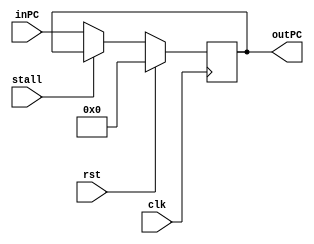
module PC(input clk, rst, stall,
          input [15:0]inPC,
          output [15:0]outPC);
reg [15:0]RegData;

always @(posedge clk)
begin
  if(rst)
    RegData <= 0;
  else if(!stall)
    RegData = inPC;
end  

assign outPC = RegData;

endmodule